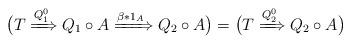
LaTeX: \begin{align*} \bigl( T \xRightarrow{Q_1^0} Q_1 \circ A \xRightarrow{\beta * 1_A} Q_2 \circ A \bigr) = \bigl( T \xRightarrow{Q_2^0} Q_2 \circ A \bigr)\end{align*}